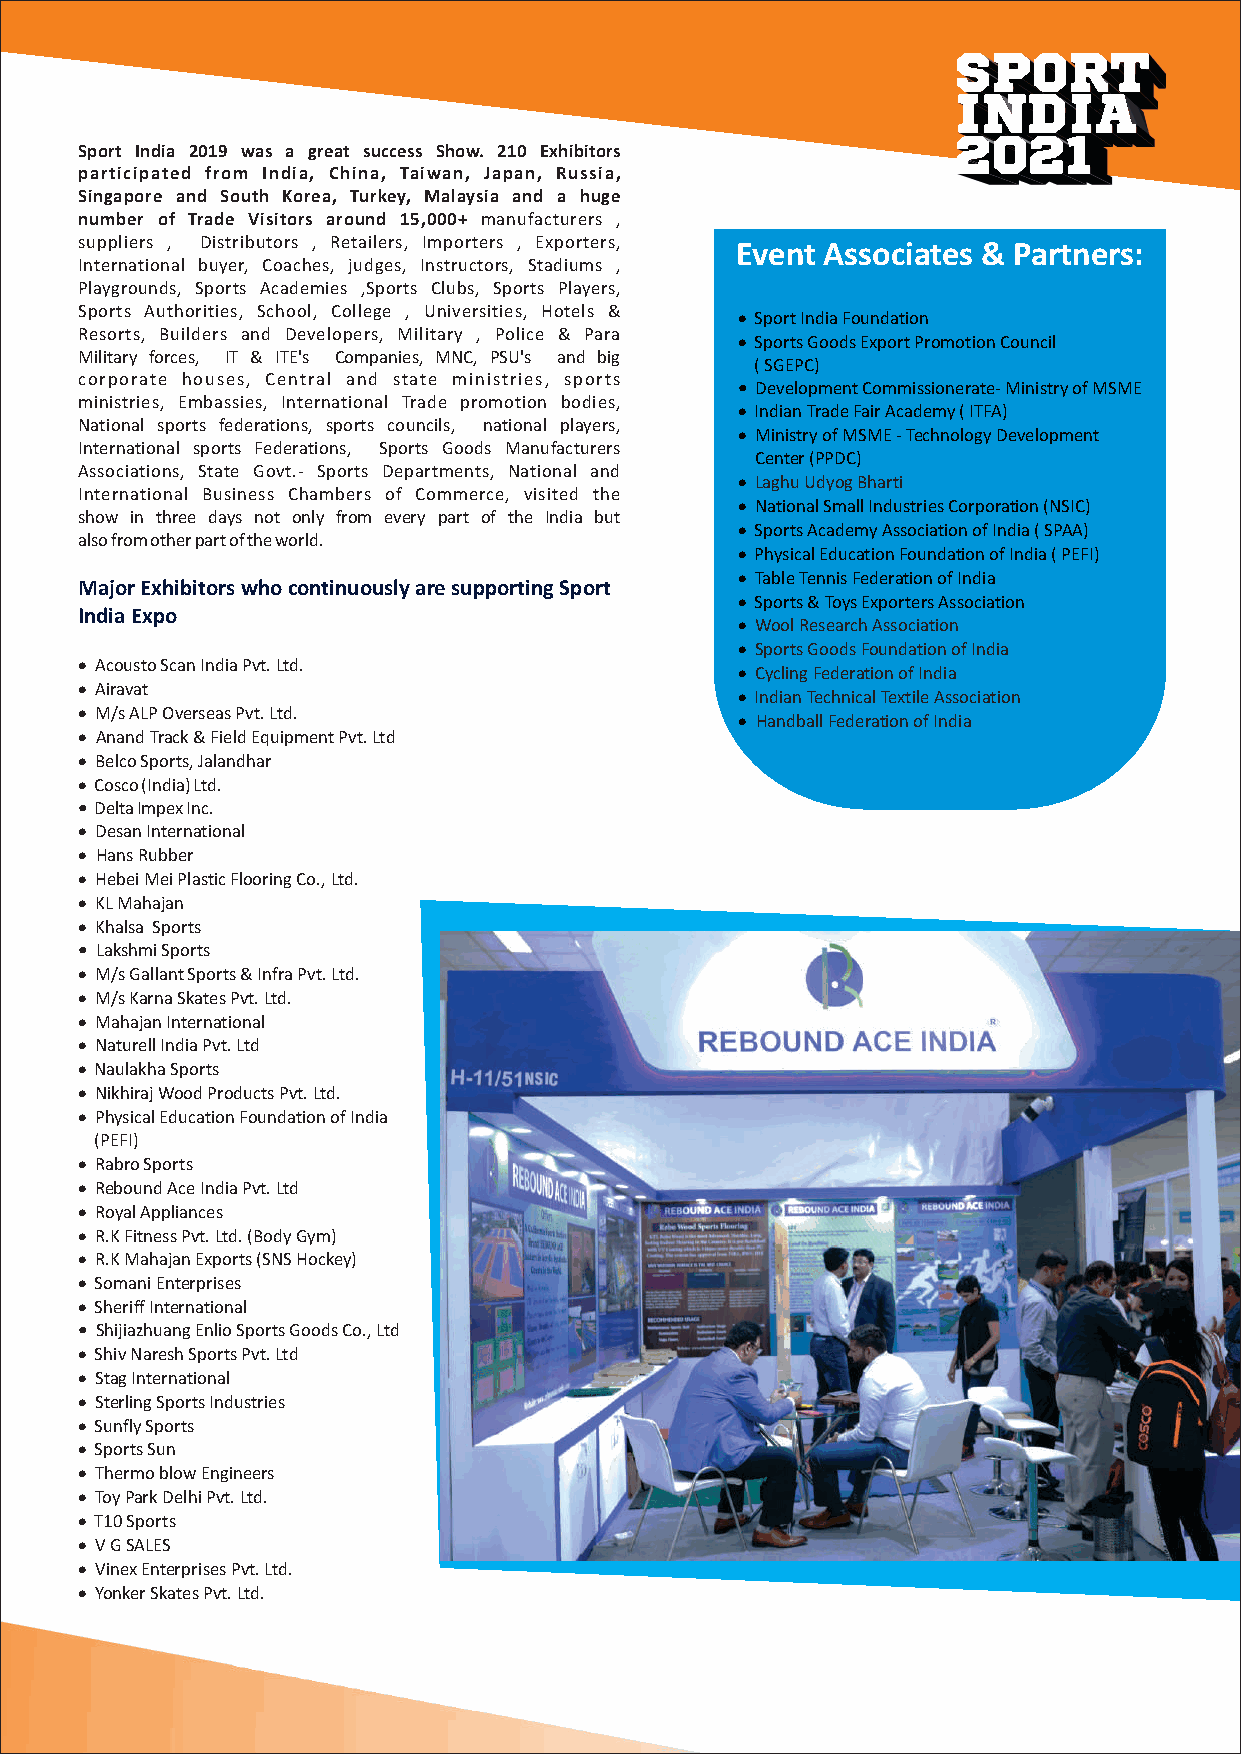
Sport India 2019 was a great success Show. 210 Exhibitors
 participated from India, China, Taiwan, Japan, Russia,
 Singapore and South Korea, Turkey, Malaysia and a huge
 number of Trade Visitors around 15,000+ manufacturers ,
 suppliers , Distributors , Retailers, Importers , Exporters, Event Associates & Partners:
 International buyer, Coaches, judges, Instructors, Stadiums ,
 Playgrounds, Sports Academies ,Sports Clubs, Sports Players,
 Sports Authorities, School, College , Universities, Hotels &
 · Sport India Foundation
 Resorts, Builders and Developers, Military , Police & Para
 · Sports Goods Export Promotion Council
 Military forces, IT & ITE's Companies, MNC, PSU's and big
 ( SGEPC)
 corporate houses, Central and state ministries, sports
 • Development Commissionerate- Ministry of MSME
 ministries, Embassies, International Trade promotion bodies,
 · Indian Trade Fair Academy ( ITFA)
 National sports federations, sports councils, national players,
 · Ministry of MSME - Technology Development
 International sports Federations, Sports Goods Manufacturers
 Center (PPDC)
 Associations, State Govt.- Sports Departments, National and
 · Laghu Udyog Bharti
 International Business Chambers of Commerce, visited the
 · National Small Industries Corporation (NSIC)
 show in three days not only from every part of the India but
 · Sports Academy Association of India ( SPAA)
 also from other part of the world.
 · Physical Education Foundation of India ( PEFI)
 · Table Tennis Federation of India
 Major Exhibitors who continuously are supporting Sport
 · Sports & Toys Exporters Association
 India Expo
 · Wool Research Association
 · Sports Goods Foundation of India
 · Acousto Scan India Pvt. Ltd.
 · Cycling Federation of India
 · Airavat
 · Indian Technical Textile Association
 · M/s ALP Overseas Pvt. Ltd.
 · Handball Federation of India
 · Anand Track & Field Equipment Pvt. Ltd
 · Belco Sports, Jalandhar
 · Cosco (India) Ltd.
 • Delta Impex Inc.
 · Desan International
 · Hans Rubber
 · Hebei Mei Plastic Flooring Co., Ltd.
 · KL Mahajan
 · Khalsa Sports
 • Lakshmi Sports
 · M/s Gallant Sports & Infra Pvt. Ltd.
 · M/s Karna Skates Pvt. Ltd.
 · Mahajan International
 · Naturell India Pvt. Ltd
 · Naulakha Sports
 · Nikhiraj Wood Products Pvt. Ltd.
 · Physical Education Foundation of India
 (PEFI)
 · Rabro Sports
 · Rebound Ace India Pvt. Ltd
 · Royal Appliances
 · R.K Fitness Pvt. Ltd. (Body Gym)
 · R.K Mahajan Exports (SNS Hockey)
 · Somani Enterprises
 · Sheriff International
 • Shijiazhuang Enlio Sports Goods Co., Ltd
 · Shiv Naresh Sports Pvt. Ltd
 · Stag International
 · Sterling Sports Industries
 · Sunfly Sports
 · Sports Sun
 · Thermo blow Engineers
 · Toy Park Delhi Pvt. Ltd.
 · T10 Sports
 · V G SALES
 · Vinex Enterprises Pvt. Ltd.
 · Yonker Skates Pvt. Ltd.